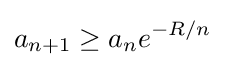
a_{n+1}\geq a_{n}e^{-R/n}